Lunatic asylums Bombay report 1878-1890 - 1878-1890
Year: 1878
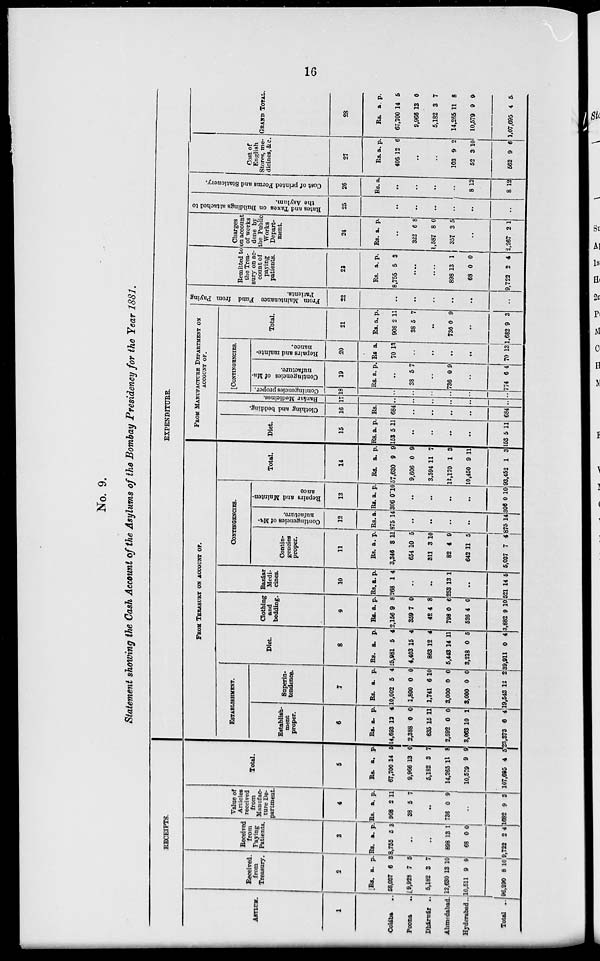
16
No. 9.
Statement showing the Cash Account of the Asylums of the Bombay Presidency for the Year 1881.
RECEIPTS.
ASYLUM.
1
Colába
..
Poona ..
Dhárwár
..
Ahmedabad.
Hyderabad ..
Total ..
Received.
from
Treasury.
2
Rs.
58,037
9,928
5,182
12,630
10,51l
96,290
a.
6
7
3
13
9
8
p.
3
5
7
10
9
10
Received
from
Paying
Patients.
3
Rs.
8,755
a.
5
p.
3
..
..
898
68
9,722
13
0
2
1
0
4
Value of
Articles
received
from
Manufac-
ture De-
partment.
4
Rs.
908
38
a.
2
5
p.
11
7
..
736 0 9
..
1682 9 3
Total.
5
Rs.
67,700
9,966
5,182
14,265
10,579
107,695
a.
14
13
3
11
9
4
p.
5
0
7
8
9
5
EXPENDITURE.
FROM TREASURY OF ACCOUNT OF.
ESTABLISHMENT.
Establish-
ment
proper.
6
Rs.
14,693
2,388
635
2,592
3,063
23,373
a.
12
0
15
0
10
6
p.
4
0
11
0
1
4
Superin-
tendence.
7
Rs.
10,002
1,800
1,741
3,000
8,000
19,543
a.
5
0
6
0
0
12
p.
4
0
10
0
0
2 3
Diet.
8
Rs.
25,981
4,403
863
5,443
3,218
39,911
a.
5
15
12
14
0
0
p.
4
4
4
11
5
4
Clothing
and
bedding.
9
Rs.
2,156
359
42
798
526
3,882
a.
9
7
4
0
4
9
p.
8
0
8
6
0
10
Bazáar
Medi-
cines.
10
Rs.
268
a.
1
p.
4
..
..
253 13 1
..
521 14 5
CONTINGENCIES.
Contin-
gencies
proper.
11
Rs.
3,346
654
311
82
642
5,037
a.
8
10
3
4
11
7
p.
11
5
10
9
5
4
Contingencies of Ma- nufacture.
12
Rs.
875
a.
14
..
..
..
..
875 14
Repairs and Mainten-
ance
13
Rs.
306
a.
0
p.
10
..
..
..
..
306 0 10
Total.
14
Rs.
57,630
9,606
3,594
12,170
10,450
93,452
a.
9
0
11
1
9
1
p.
9
9
7
3
11
3
FROM
MANUFACTURE
DEPARTMENT ON
ACCOUNT
OF.
Diet.
15
Rs.
153
a.
5
p.
11
..
..
..
..
153 5 11
Clothing and bedding.
16
Rs.
684
..
..
..
..
684
| fiazfinr Medicines.
17
..
..
..
..
..
..
[CONTINGENCIES.
1 Contingencies proper.
18
..
..
..
..
..
..
Contingencies of Ma
nufacture.
19
Rs. a. p.
..
38 5 7
..
736 0 9
..
774 6 4
Repairs and mainte-
nance.
20
Rs
70
a.
13
..
..
..
..
70 13
Total.
21
Rs.
908
38
a.
2
5
p.
11
7
..
736 0 9
..
1,682 9 3
From Maintenance Fund from Paying
Patients.
22
..
..
..
..
..
Remitted to
the Trea-
sury on ac-
count of
paying
patients.
22
Rs.
8,755
a.
5
p.
3
....
....
898
68
9,722
13
0
2
1
0
4
Charges
on account
of works
done by
the Public
Works
Depart-
ment.
24
Rs. a. p.
..
322
1,587
357
6
8
3
8
0
5
..
2,267 2 1
Rates and Taxes on Buildings attached to
the Asylum.
25
..
..
..
..
..
..
Coat of printed Forms and Stationery.
26
Rs. a.
..
..
..
..
8
8
12
12
Cost of
English
Stores, me-
dicines, &c.
27
Rs.
406
a.
12
p.
6
..
..
103
52
562
9
3
9
2
10
6
GRAND TOTAL.
28
Rs.
67,700
9,966
5,182
14,265
10,579
1,07,695
a.
14
13
3
11
9
4
p.
5
0
7
8
9
5